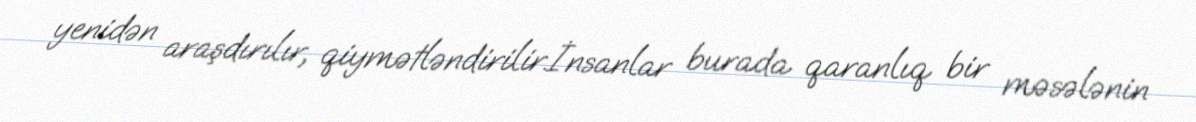
yenidən araşdırılır, qiymətləndirilir.İnsanlar burada qaranlıq bir məsələnin